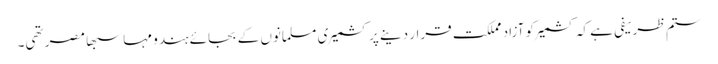
ستم ظریفی ہے کہ کشمیر کو آزاد مملکت قرار دینے پر کشمیری مسلمانوں کے بجائے ہندو مہا سبھا مصر تھی۔